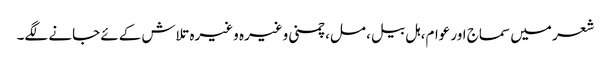
شعر میں سماج اور عوام، ہل بیل، مل، چمنی وغیرہ وغیرہ تلاش کےئے جانے لگے۔